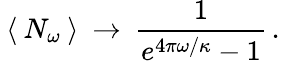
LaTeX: \: \langle\: N_{\omega}\: \rangle\: \rightarrow\: \frac{1}{e^{4\pi\omega/\kappa}-1}\, .\: